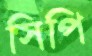
সিপি